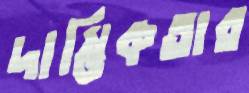
দাম্ভিকতার